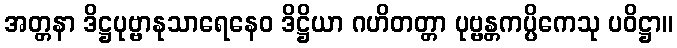
အတ္တနာ ဒိဋ္ဌပုဗ္ဗာနုသာရေနေဝ ဒိဋ္ဌိယာ ဂဟိတတ္တာ ပုဗ္ဗန္တကပ္ပိကေသု ပဝိဋ္ဌာ။